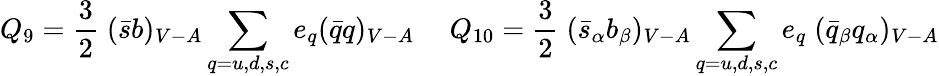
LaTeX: Q_{9}={\frac{3}{2}}\; (\bar{s}b)_{V-A}\sum_{q=u,d,s,c}e_{q}(\bar{q}q)_{V-A}{}~~~~~Q_{10}={\frac{3}{2}}\; (\bar{s}_{\alpha}b_{\beta})_{V-A}\sum_{q=u,d,s,c}e_{q}\; (\bar{q}_{\beta}q_{\alpha})_{V-A}